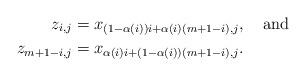
LaTeX: \begin{align*} z_{i,j} &= x_{(1-\alpha(i))i +\alpha(i)(m+1-i),j}, \mbox{ \ \ and} \\ z_{m+1-i,j} &= x_{\alpha(i)i + (1- \alpha(i)) (m+1-i),j}. \end{align*}